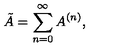
\tilde { A } = \sum _ { n = 0 } ^ { \infty } A ^ { ( n ) } ,